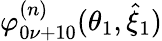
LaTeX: \varphi_{0\nu+10}^{(n)}(\theta_{1},\hat{\xi}_{1})